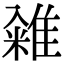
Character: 䨀